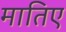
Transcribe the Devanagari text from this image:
मातिए